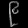
Digit: ၉